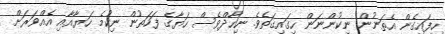
ހިފައިގެން އެތަނުން ނިކުންނަން ހިގައިގަތެވެ. ނިހާދްވެސް ހަޔާގެ ފަހަތުން ނިކުމެ ހަޔާއާއި އެއްވަރަށް